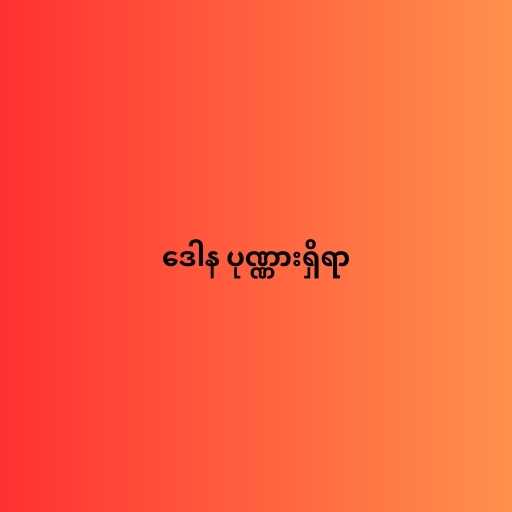
ဒေါန ပုဏ္ဏားရှိရာ